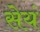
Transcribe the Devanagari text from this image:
सेयं